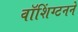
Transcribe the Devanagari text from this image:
वॉशिंग्टनने